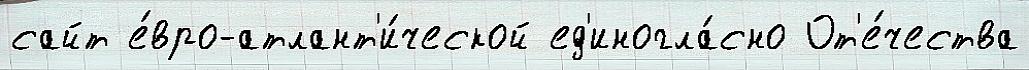
сайт е́вро-атлант'и́ческой ед'иногла́сно От'е́чества